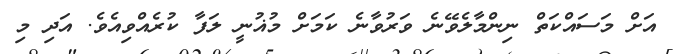
އަށް މަސައްކަތް ނިންމާލެވޭނެ ވަރުވާނެ ކަމަށް މުޣުނީ ލަފާ ކުރެއްވިއެވެ. އަދި މި